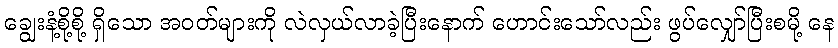
ချွေးနံ့စို့စို့ ရှိသော အဝတ်များကို လဲလှယ်လာခဲ့ပြီးနောက် ဟောင်းသော်လည်း ဖွပ်လျှော်ပြီးစမို့ နေ